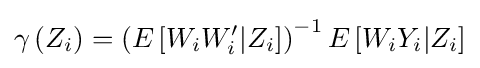
\gamma \left(Z_{i}\right)=\left(E\left[W_{i}W'_{i}|Z_{i}\right]\right)^{-1}E\left[W_{i}Y_{i}|Z_{i}\right]